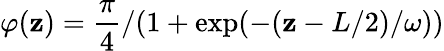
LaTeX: \varphi(\mathbf{z})=\frac{{\pi}}{{4}}/(1+\exp(-(\mathbf{z}-L/2)/\omega))